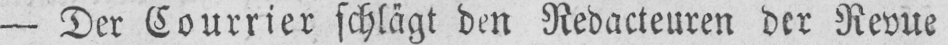
- Der Courrier schlägt den Redacteuren der Revue